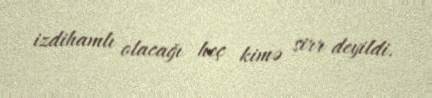
izdihamlı olacağı heç kimə sirr deyildi.